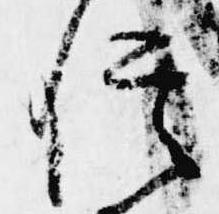
信